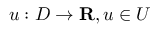
u : D \rightarrow \mathbf { R } , u \in U